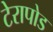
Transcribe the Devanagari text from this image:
टेरापोड